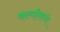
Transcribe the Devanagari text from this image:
कर्त्यांमध्ये